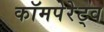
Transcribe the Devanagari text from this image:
कॉमपेरेट्व